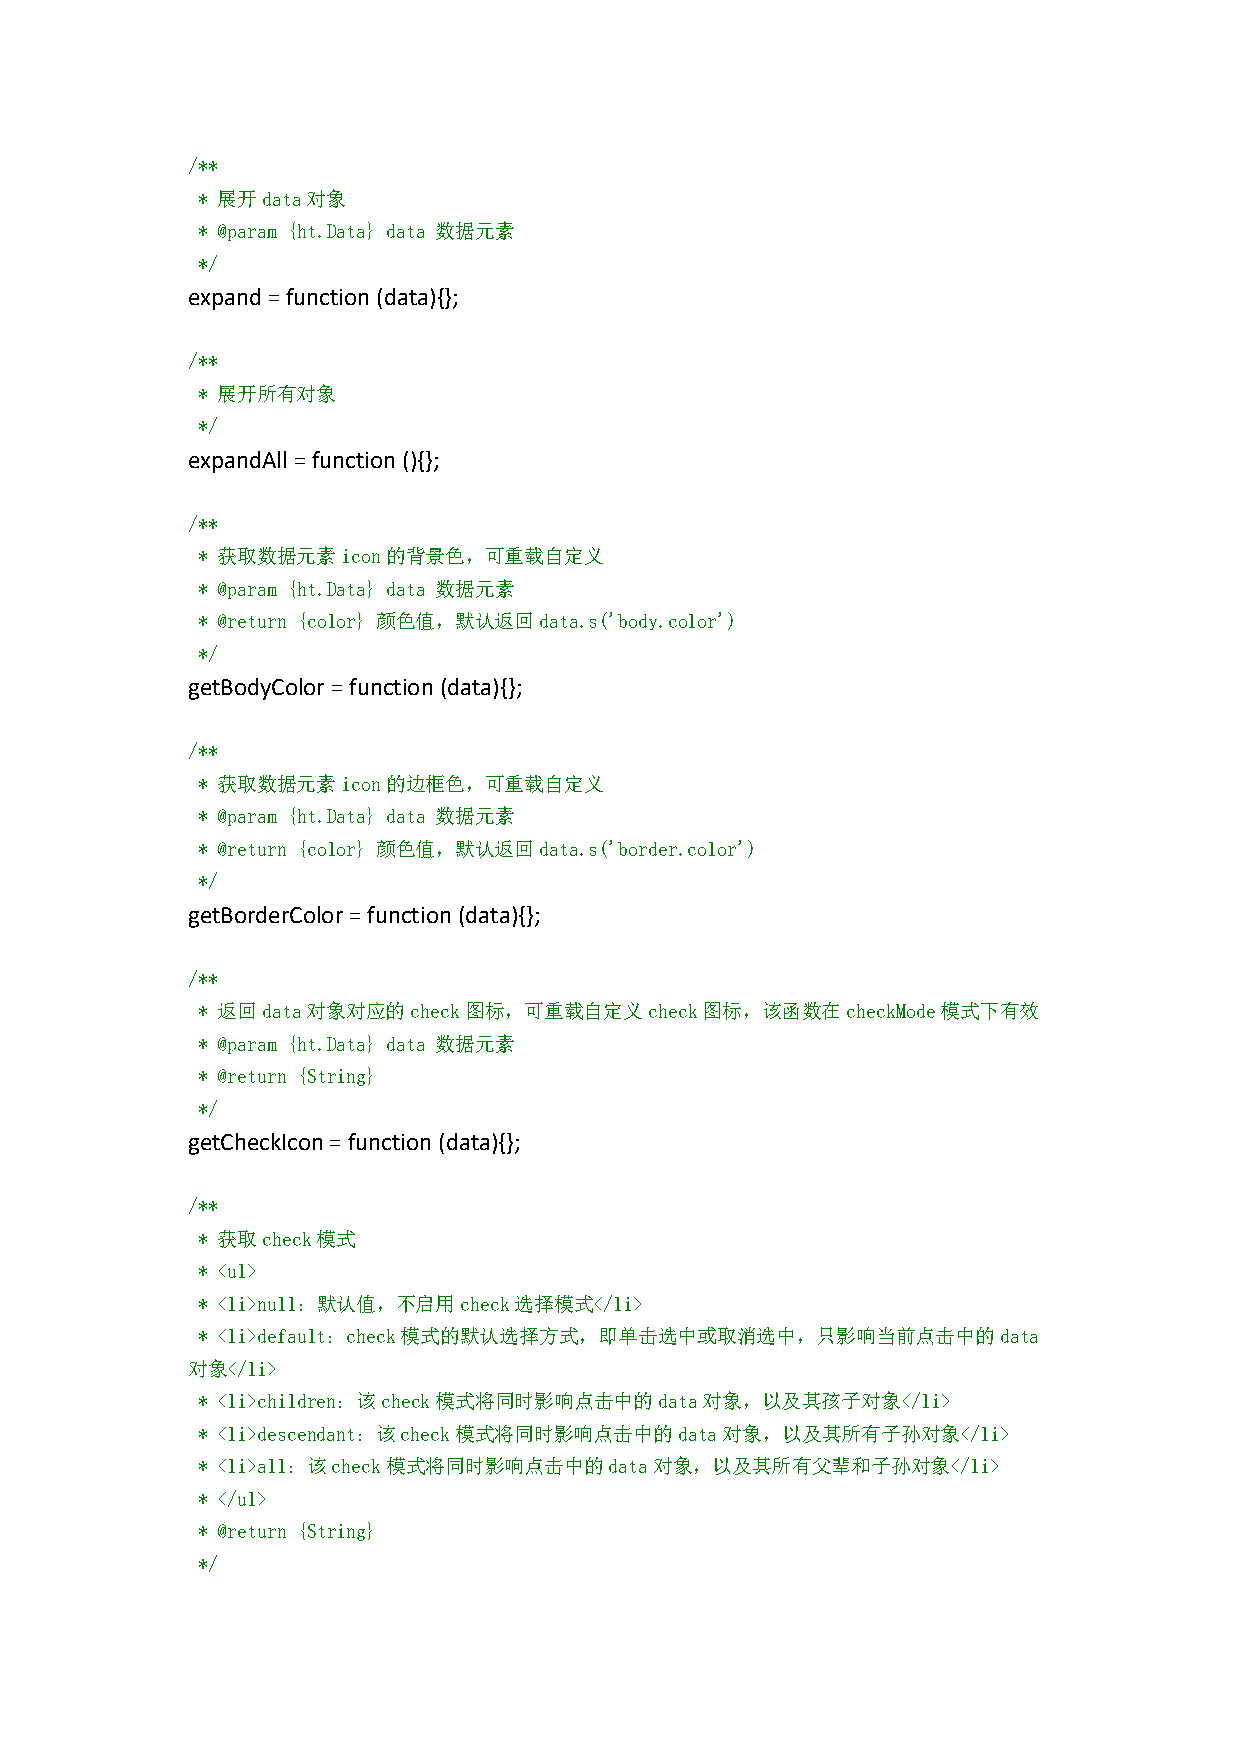
/**
 * 展开data对象
 * @param {ht.Data} data 数据元素
 */
 expand=function(data){};
 /**
 * 展开所有对象
 */
 expandAll =function(){};
 /**
 * 获取数据元素icon的背景色，可重载自定义
 * @param {ht.Data} data 数据元素
 * @return {color} 颜色值，默认返回data.s('body.color')
 */
 getBodyColor=function(data){};
 /**
 * 获取数据元素icon的边框色，可重载自定义
 * @param {ht.Data} data 数据元素
 * @return {color} 颜色值，默认返回data.s('border.color')
 */
 getBorderColor=function(data){};
 /**
 * 返回data对象对应的check图标，可重载自定义check图标，该函数在checkMode模式下有效
 * @param {ht.Data} data 数据元素
 * @return {String}
 */
 getCheckIcon=function(data){};
 /**
 * 获取check模式
 * <ul>
 * <li>null：默认值，不启用check选择模式</li>
 * <li>default：check模式的默认选择方式，即单击选中或取消选中，只影响当前点击中的data
 对象</li>
 * <li>children：该check模式将同时影响点击中的data对象，以及其孩子对象</li>
 * <li>descendant：该check模式将同时影响点击中的data对象，以及其所有子孙对象</li>
 * <li>all：该check模式将同时影响点击中的data对象，以及其所有父辈和子孙对象</li>
 * </ul>
 * @return {String}
 */